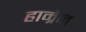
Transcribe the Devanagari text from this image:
हाम्रेन